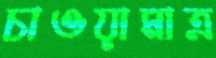
চাওয়ামাত্র